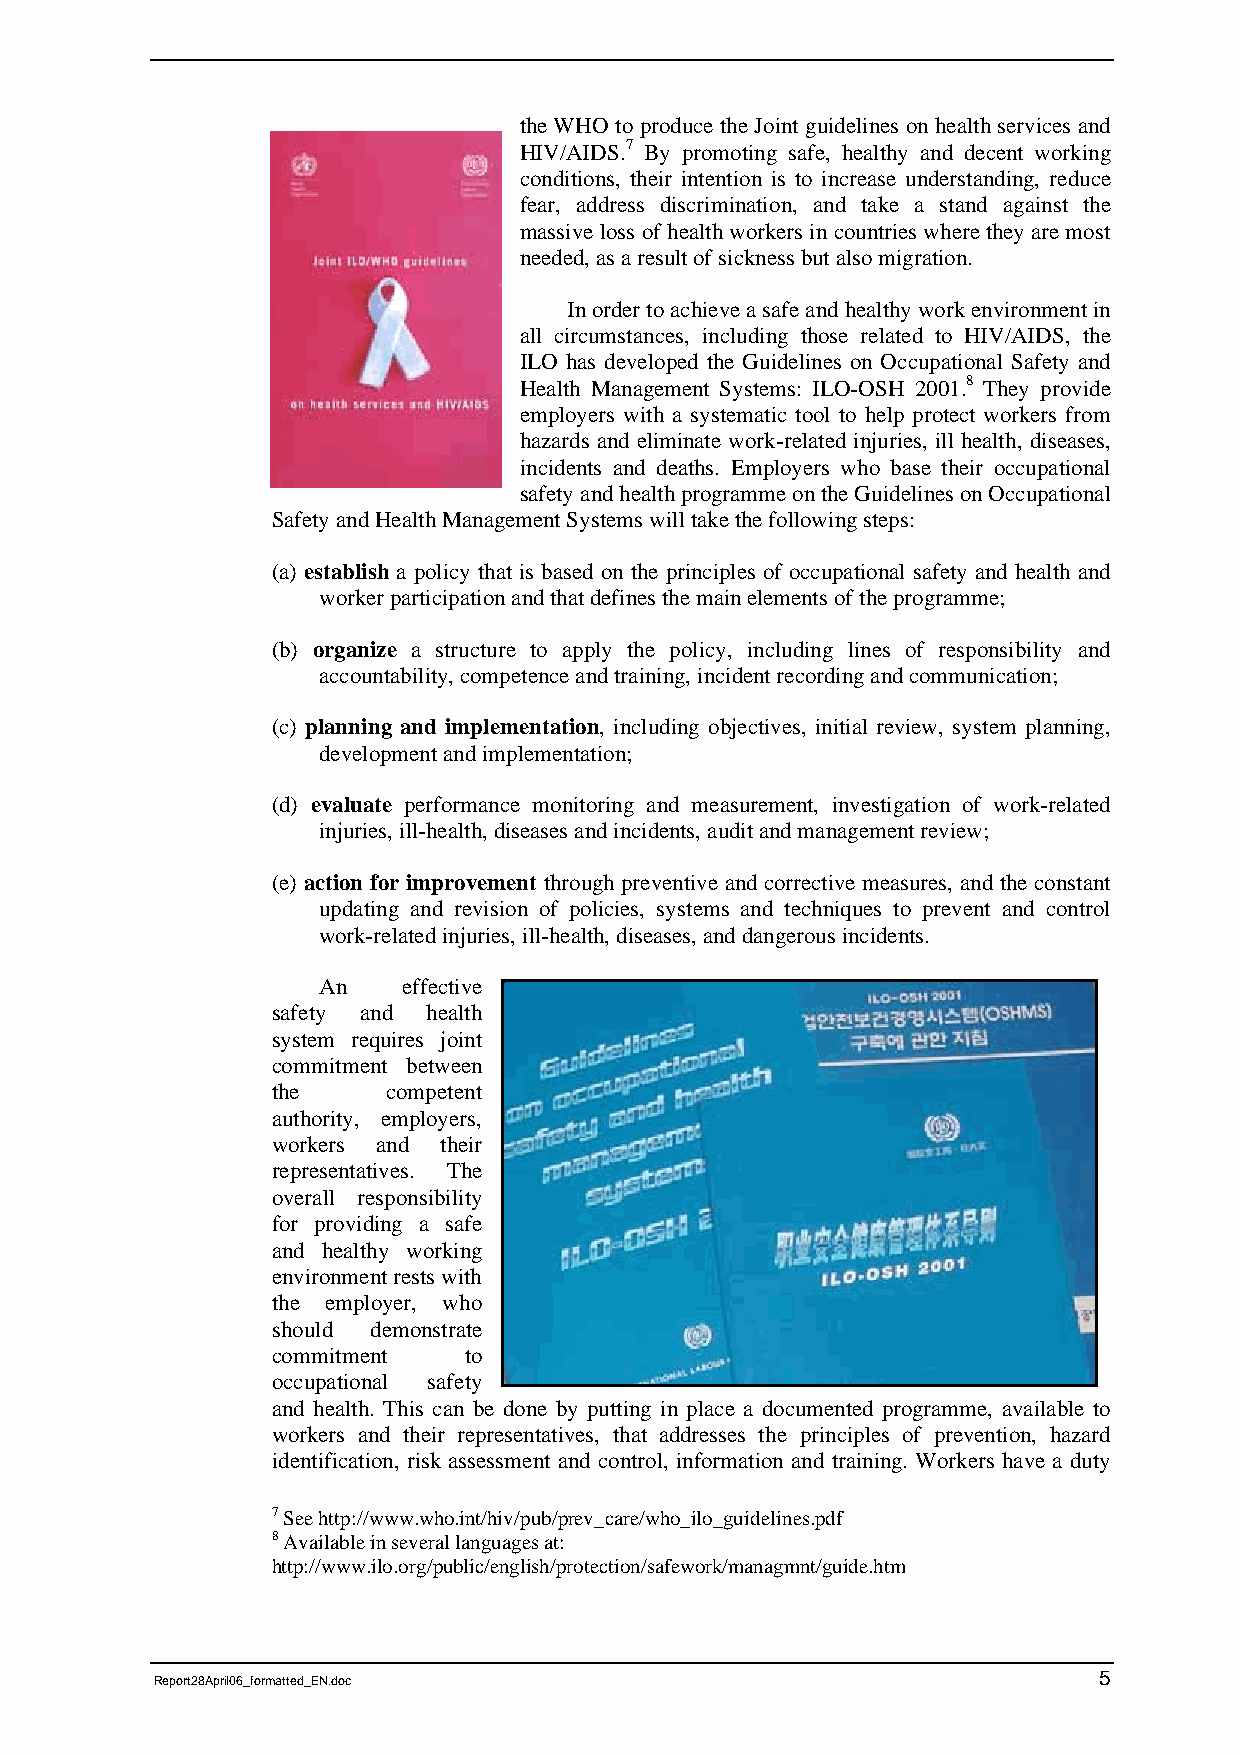
the WHO to produce the Joint guidelines on health services and
 HIV/AIDS.7 By promoting safe, healthy and decent working
 conditions, their intention is to increase understanding, reduce
 fear, address discrimination, and take a stand against the
 massive loss of health workers in countries where they are most
 needed, as a result of sickness but also migration.
 In order to achieve a safe and healthy work environment in
 all circumstances, including those related to HIV/AIDS, the
 ILO has developed the Guidelines on Occupational Safety and
 Health Management Systems: ILO-OSH 2001.8 They provide
 employers with a systematic tool to help protect workers from
 hazards and eliminate work-related injuries, ill health, diseases,
 incidents and deaths. Employers who base their occupational
 safety and health programme on the Guidelines on Occupational
 Safety and Health Management Systems will take the following steps:
 (a) establish a policy that is based on the principles of occupational safety and health and
 worker participation and that defines the main elements of the programme;
 (b) organize a structure to apply the policy, including lines of responsibility and
 accountability, competence and training, incident recording and communication;
 (c) planning and implementation, including objectives, initial review, system planning,
 development and implementation;
 (d) evaluate performance monitoring and measurement, investigation of work-related
 injuries, ill-health, diseases and incidents, audit and management review;
 (e) action for improvement through preventive and corrective measures, and the constant
 updating and revision of policies, systems and techniques to prevent and control
 work-related injuries, ill-health, diseases, and dangerous incidents.
 An    effective
 safety and health
 system requires joint
 commitment between
 the     competent
 authority, employers,
 workers and their
 representatives. The
 overall responsibility
 for providing a safe
 and healthy working
 environment rests with
 the employer, who
 should demonstrate
 commitment   to
 occupational safety
 and health. This can be done by putting in place a documented programme, available to
 workers and their representatives, that addresses the principles of prevention, hazard
 identification, risk assessment and control, information and training. Workers have a duty
 7 See http://www.who.int/hiv/pub/prev_care/who_ilo_guidelines.pdf
 8 Available in several languages at:
 http://www.ilo.org/public/english/protection/safework/managmnt/guide.htm
 5
 Report28April06_formatted_EN.doc